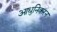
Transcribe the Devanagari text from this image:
आधुनिकरन